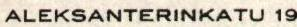
ALEKSANTERINKATU 19